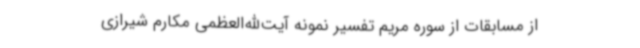
از مسابقات از سوره مریم تفسیر نمونه آیت‌الله‌العظمی مکارم شیرازی